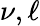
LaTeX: \nu,\ell